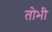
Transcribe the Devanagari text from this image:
तोभी